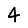
Digit: 4